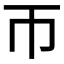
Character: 帀